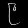
Digit: ၉